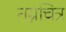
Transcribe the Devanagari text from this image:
नग्नचित्र